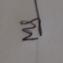
Signature authenticity: genuine